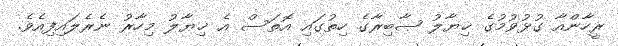
ރީހާންއާ ގުޅުވުމުގެ ޚިޔާލު ޞާބިރާގެ ހިތުގައި އޮތަސް އެ ޚިޔާލު މިހާރު ނެރެލައިފިއެވެ.